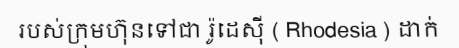
របស់ក្រុមហ៊ុនទៅជា រ៉ូដេស៊ី ( Rhodesia ) ដាក់